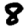
Digit: 8